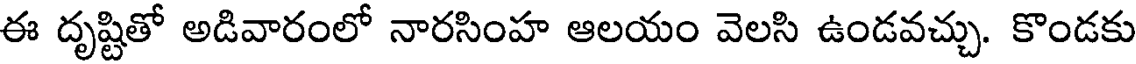
ఈ దృష్టితో అడివారంలో నారసింహ ఆలయం వెలసి ఉండవచ్చు. కొండకు